Punjab Mental Hospital Lahore 1932-46 - 1932-1946
Year: 1932
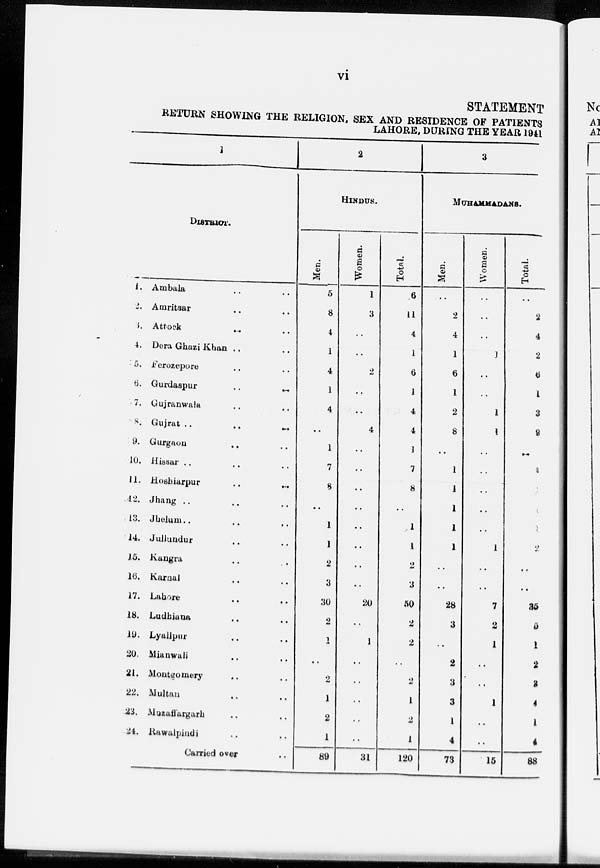
vi
STATEMENT
RETURN SHOWING THE RELIGION, SEX AND RESIDENCE OF PATIENTS
LAHORE, DURING THE YEAR 1941
1
DISTRICT.
1.
2.
3.
4.
5.
6.
7.
8.
9.
10.
11.
12.
13.
14.
15.
16.
17.
18.
19.
20.
21.
22.
23.
24.
Ambala .. ..
Amritsar .. ..
Attock .. ..
Dera Ghazi Khan .. ..
Ferozepore .. ..
Gurdaspur
...
..
Gujranwala .. ..
Gujrat .. ..
Gurgaon .. ..
Hissar .. .. ..
Hoshiarpur .. ..
Jhang .. .. ..
Jhelum .. .. ..
Jullundur .. ..
Kangra .. ..
Karnal .. ..
Lahore
Ludbiana .. ..
Lyallpur .. ..
Mianwali .. ..
Montgomery .. ..
Multan .. ..
Muzaffargarh .. ..
Rawalpindi .. ..
Carried over ..
2
HINDUS.
Men.
5
8
4
1
4
1
4
..
1
7
8
..
1
1
2
3
30
2
1
..
2
1
2
1
89
Women.
1
3
..
..
2
..
..
4
..
..
..
..
..
..
..
..
20
..
1
..
..
..
..
..
31
Total.
6
11
4
1
6
1
4
4
1
7
8
..
1
1
2
3
50
2
2
..
2
1
2
1
120
3
MUHAMMADANS.
Men.
..
2
4
1
6
1
2
8
..
1
1
1
1
1
..
..
28
3
..
2
3
3
1
4
73
Women.
..
..
..
1
..
..
1
1
..
..
..
..
..
1
..
..
7
2
1
..
..
1
..
..
15
Total.
..
2
4
2
6
1
3
9
..
1
1
1
1
2
..
..
35
5
1
2
3
4
1
4
88